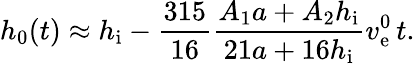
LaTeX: h_{0}(t)\approx h_{\mathrm{i}}-\frac{315}{16}\frac{A_{1}a+A_{2}h_{\mathrm{i}}}{21a+16h_{\mathrm{i}}}v_{\mathrm{e}}^{0}\, t.